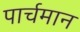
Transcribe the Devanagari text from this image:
पार्चमान